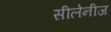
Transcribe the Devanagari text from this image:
सीलेनीज